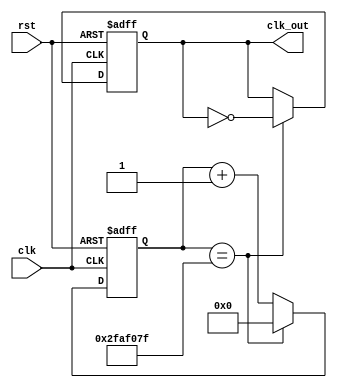
`timescale 1ns / 1ps
//////////////////////////////////////////////////////////////////////////////////
// Company: 
// Engineer: 
// 
// Design Name: 
// Module Name: Clock_Divider
// Project Name: 
// Target Devices: 
// Tool Versions: 
// Description: 
// 
// Dependencies: 
// 
// Revision:
// Revision 0.01 - File Created
// Additional Comments:
// 
//////////////////////////////////////////////////////////////////////////////////


module Clock_Divider #(parameter n = 50000000)(input clk, rst, output reg clk_out);parameter WIDTH = $clog2(n);
reg [WIDTH-1:0] count;
always @ (posedge clk, posedge rst) begin
if (rst == 1'b1) begin
   count <= 32'b0;
end else if (count == n-1) begin
 count <= 32'b0;
end else begin
 count <= count + 1;
end
end
// Handle the output clock
always @ (posedge clk, posedge rst) begin
if (rst)begin // Asynchronous Reset
 clk_out <= 0;
end else if (count == n-1)begin
 clk_out <= ~ clk_out;
end
end
endmodule